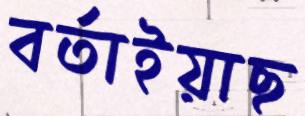
বর্তাইয়াছ